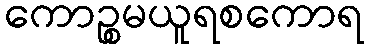
ကောဉ္စမယူရစကောရ